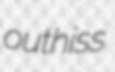
outhiss